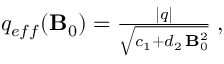
\begin{array} { r } { q _ { e f f } ( { \bf B } _ { 0 } ) = \frac { | q | } { \sqrt { c _ { 1 } + d _ { 2 } \, { { \bf B } _ { 0 } ^ { 2 } } } } \; , } \end{array}